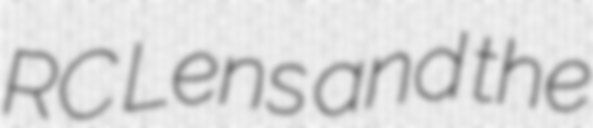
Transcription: RC Lens and the